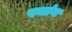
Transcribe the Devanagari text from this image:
स्थांन